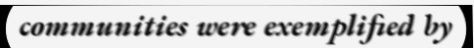
communities were exemplified by